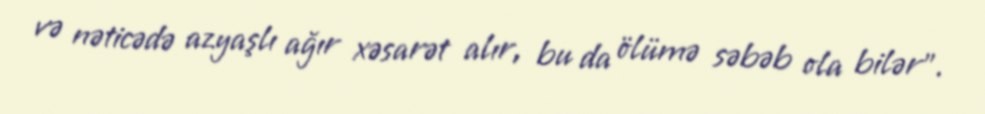
və nəticədə azyaşlı ağır xəsarət alır, bu da ölümə səbəb ola bilər”.